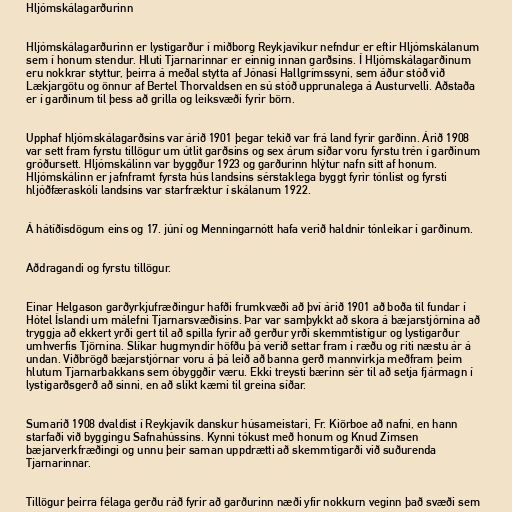
Hljómskálagarðurinn

Hljómskálagarðurinn er lystigarður í miðborg Reykjavíkur nefndur er eftir Hljómskálanum
sem í honum stendur. Hluti Tjarnarinnar er einnig innan garðsins. Í Hljómskálagarðinum
eru nokkrar styttur, þeirra á meðal stytta af Jónasi Hallgrímssyni, sem áður stóð við
Lækjargötu og önnur af Bertel Thorvaldsen en sú stóð upprunalega á Austurvelli. Aðstaða
er í garðinum til þess að grilla og leiksvæði fyrir börn.

Upphaf hljómskálagarðsins var árið 1901 þegar tekið var frá land fyrir garðinn. Árið 1908
var sett fram fyrstu tillögur um útlit garðsins og sex árum síðar voru fyrstu trén í garðinum
gróðursett. Hljómskálinn var byggður 1923 og garðurinn hlýtur nafn sitt af honum.
Hljómskálinn er jafnframt fyrsta hús landsins sérstaklega byggt fyrir tónlist og fyrsti
hljóðfæraskóli landsins var starfræktur í skálanum 1922.

Á hátíðisdögum eins og 17. júní og Menningarnótt hafa verið haldnir tónleikar í garðinum.

Aðdragandi og fyrstu tillögur.

Einar Helgason garðyrkjufræðingur hafði frumkvæði að því árið 1901 að boða til fundar í
Hótel Íslandi um málefni Tjarnarsvæðisins. Þar var samþykkt að skora á bæjarstjórnina að
tryggja að ekkert yrði gert til að spilla fyrir að gerður yrði skemmtistígur og lystigarður
umhverfis Tjörnina. Slíkar hugmyndir höfðu þá verið settar fram í ræðu og riti næstu ár á
undan. Viðbrögð bæjarstjórnar voru á þá leið að banna gerð mannvirkja meðfram þeim
hlutum Tjarnarbakkans sem óbyggðir væru. Ekki treysti bærinn sér til að setja fjármagn í
lystigarðsgerð að sinni, en að slíkt kæmi til greina síðar.

Sumarið 1908 dvaldist í Reykjavík danskur húsameistari, Fr. Kiörboe að nafni, en hann
starfaði við byggingu Safnahússins. Kynni tókust með honum og Knud Zimsen
bæjarverkfræðingi og unnu þeir saman uppdrætti að skemmtigarði við suðurenda
Tjarnarinnar.

Tillögur þeirra félaga gerðu ráð fyrir að garðurinn næði yfir nokkurn veginn það svæði sem